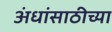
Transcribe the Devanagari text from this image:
अंधांसाठीच्या